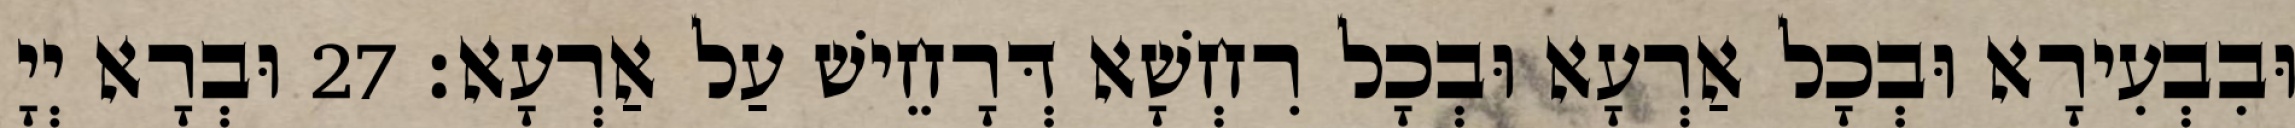
וּבִבְעִירָא וּבְכָל אַרְעָא וּבְכָל רִחְשָׁא דְּרָחֵישׁ עַל אַרְעָא׃ 27 וּבְרָא יְיָ